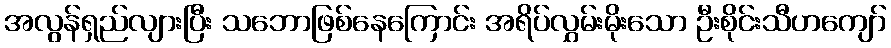
အလွန်ရှည်လျားပြီး သဘောဖြစ်နေကြောင်း အရိပ်လွှမ်းမိုးသော ဦးစိုင်းသီဟကျော်